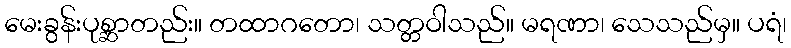
မေးခွန်းပုစ္ဆာတည်း။ တထာဂတော၊ သတ္တဝါသည်။ မရဏာ၊ သေသည်မှ။ ပရံ၊